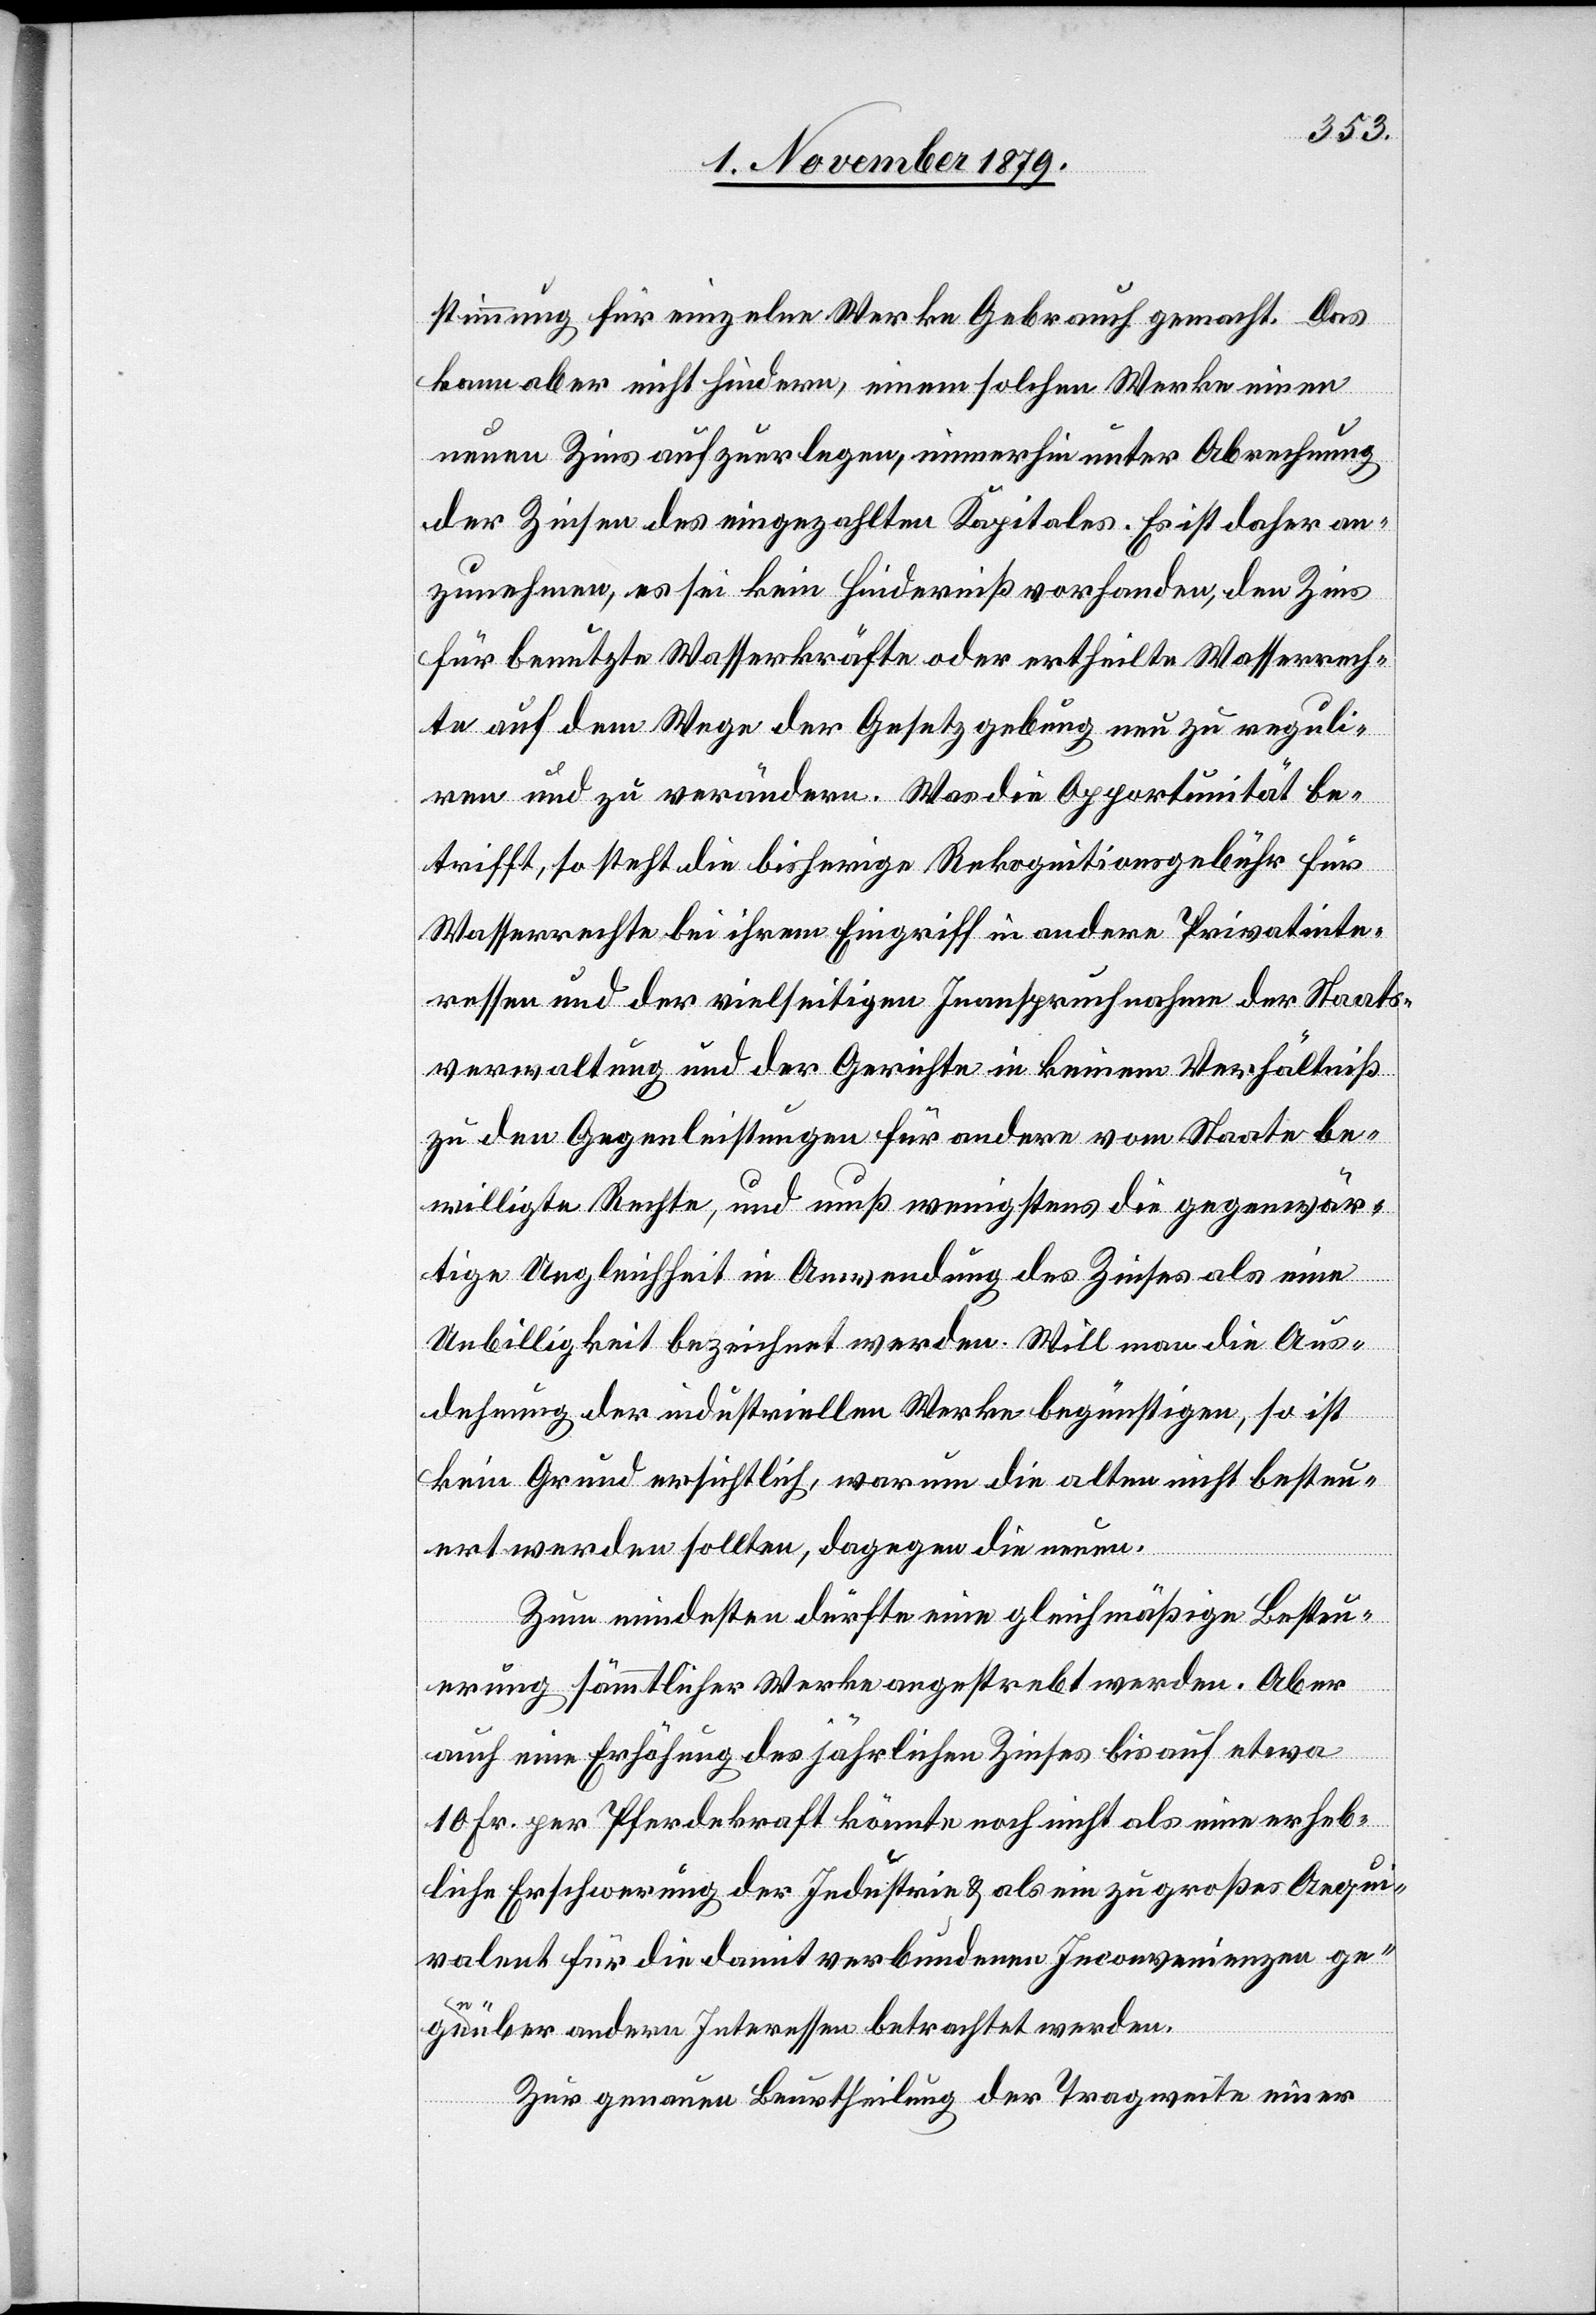
stimmung für einzelne Werke Gebrauch gemacht. Das
kann aber nicht hindern, einem solchen Werke einen
neuen Zins aufzuerlegen, immerhin unter Abrechnung
der Zinsen des eingezahlten Kapitals. Es ist daher an¬
zunehmen, es sei kein Hinderniß vorhanden, den Zins
für benutzte Wasserkräfte oder ertheilte Wasserrech¬
te auf dem Wege der Gesetzgebung neu zu reguli¬
ren und zu verändern. Was die Opportunität be¬
trifft, so steht die bisherige Rekognitionsgebühr für
Wasserrechte bei ihrem Eingriff in andere Privatinte¬
ressen und der vielseitigen Inanspruchnahme der Staats¬
verwaltung und der Gerichte in keinem Verhältniß
zu den Gegenleistungen für andere vom Staate be¬
willigte Rechte, und muß wenigstens die gegenwär¬
tige Ungleichheit in Anwendung des Zinses als eine
Unbilligkeit bezeichnet werden. Will man die Aus¬
dehnung der industriellen Werke begünstigen, so ist
kein Grund ersichtlich, warum die alten nicht besteu¬
ert werden sollten, dagegen die neuen.
Zum mindesten dürfte eine gleichmäßige Besteu¬
erung sämmtlicher Werke angestrebt werden. Aber
auch eine Erhöhung des jährlichen Zinses bis auf etwa
10 Fr. per Pferdekraft könnte noch nicht als eine erheb¬
liche Erschwerung der Industrie & als ein zu großes Aequi¬
valent für die damit verbundenen Inconvenienzen ge¬
genüber andern Interessen betrachtet werden.
Zur genauen Beurtheilung der Tragweite einer